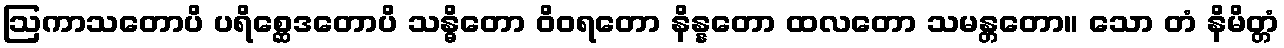
ဩကာသတောပိ ပရိစ္ဆေဒတောပိ သန္ဓိတော ဝိဝရတော နိန္နတော ထလတော သမန္တတော။ သော တံ နိမိတ္တံ